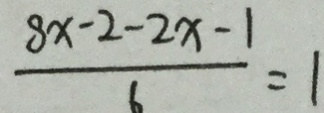
\frac { 8 x - 2 - 2 x - 1 } { 6 } = 1